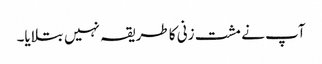
آپ نے مشت زنی کا طریقہ نہیں بتلایا۔